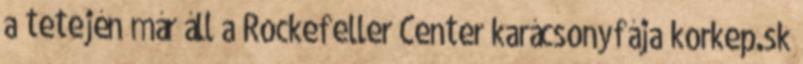
a tetején már áll a Rockefeller Center karácsonyfája korkep.sk